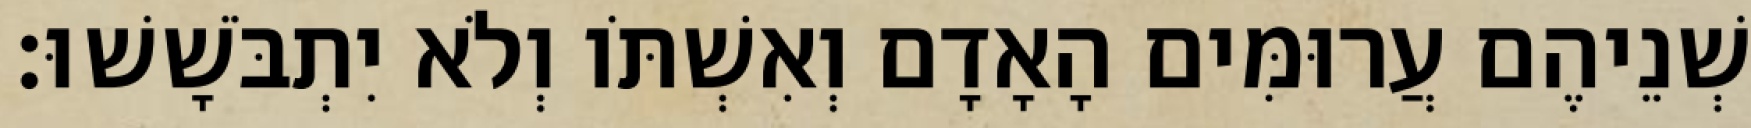
שְׁנֵיהֶם עֲרוּמִּים הָאָדָם וְאִשְׁתֹּו וְלֹא יִתְבֹּשָׁשׁוּ׃